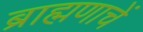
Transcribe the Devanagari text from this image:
ब्राह्मणाचें